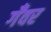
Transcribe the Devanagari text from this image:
गँवर